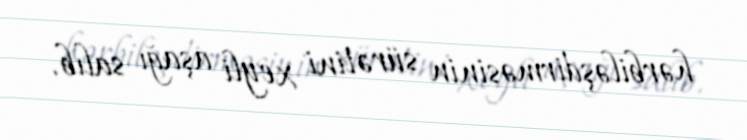
hərbiləşdirməsinin sürətini xeyli aşağı salıb.